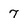
Character: 7